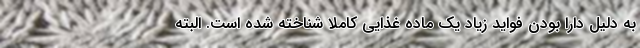
به دلیل دارا بودن فواید زیاد یک ماده غذایی کاملا شناخته شده است. البته